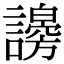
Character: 𧭇